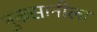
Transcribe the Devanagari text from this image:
नुकसानीला